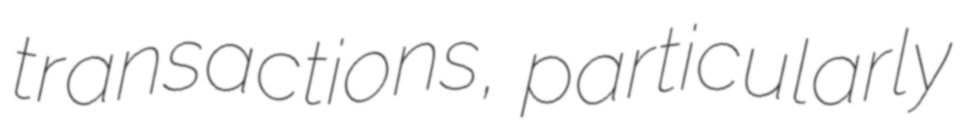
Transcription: transactions, particularly